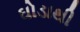
ઘોડાથી